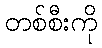
တစ်စီးကို